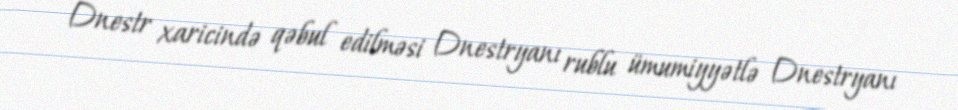
Dnestr xaricində qəbul edilməsi Dnestryanı rublu ümumiyyətlə Dnestryanı